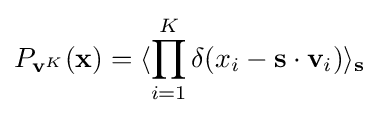
P_{\mathbf {v} ^{K}}(\mathbf {x} )=\langle \prod _{i=1}^{K}\delta (x_{i}-\mathbf {s} \cdot \mathbf {v} _{i})\rangle _{\mathbf {s} }